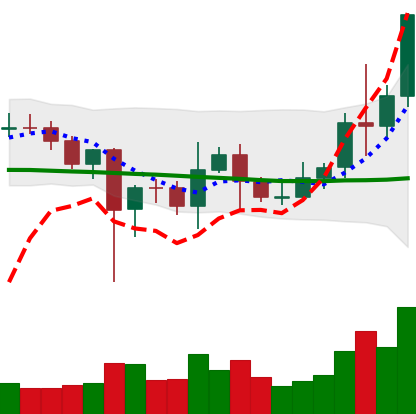
Ticker: LINK-USD
Chart end date: 2021-01-06
Forward return: -15.146%
Label: down_7plus